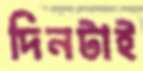
দিনটাই